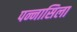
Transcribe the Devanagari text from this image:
पन्नासिला